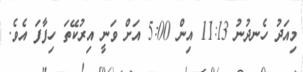
މިއަދު ހެނދުނު 11:13 އިން 5:00 އަށް ވަނީ އިރުކޭތަ ހިފާފަ އެވެ.